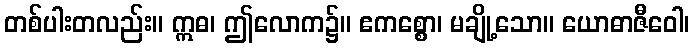
တစ်ပါးတလည်း။ ဣဓ၊ ဤလောက၌။ ဧကစ္စော၊ မချို့သော။ ယောဓာဇီဝေါ၊